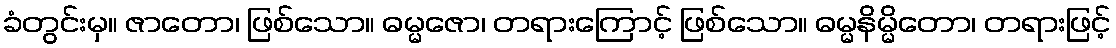
ခံတွင်းမှ။ ဇာတော၊ ဖြစ်သော။ ဓမ္မဇော၊ တရားကြောင့် ဖြစ်သော။ ဓမ္မနိမ္မိတော၊ တရားဖြင့်